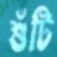
শুঁটি